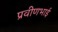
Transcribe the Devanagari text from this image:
प्रवीणभाई